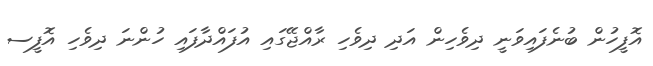
އޮފީހުން ބުނެފައިވަނީ ދިވެހިން އަދި ދިވެހި ރާއްޖޭގައި އުފައްދާފައި ހުންނަ ދިވެހި އޮފީސ